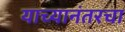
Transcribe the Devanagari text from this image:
याच्यानंतरचा